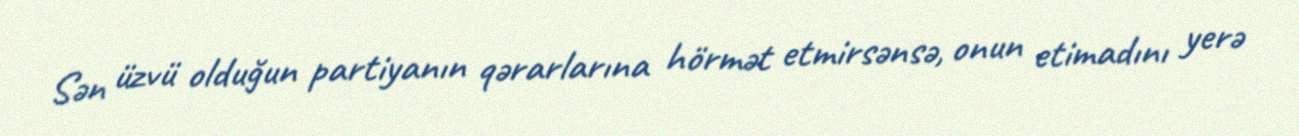
Sən üzvü olduğun partiyanın qərarlarına hörmət etmirsənsə, onun etimadını yerə